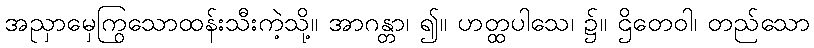
အညှာမှေကြွသောထန်းသီးကဲ့သို့။ အာဂန္တာ၊ ၍။ ဟတ္ထပါသေ၊ ၌။ ဌိတေဝါ၊ တည်သော